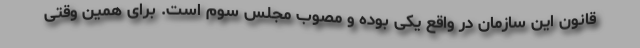
قانون این سازمان در واقع یکی بوده و مصوب مجلس سوم است. برای همین وقتی